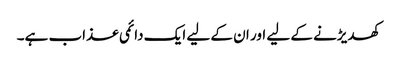
کھدیڑنے کے لیے اور ان کے لیے ایک دائمی عذاب ہے۔